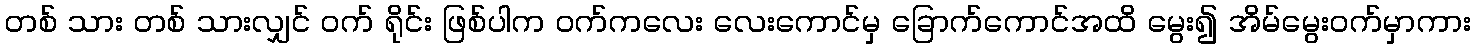
တစ် သား တစ် သားလျှင် ဝက် ရိုင်း ဖြစ်ပါက ဝက်ကလေး လေးကောင်မှ ခြောက်ကောင်အထိ မွေး၍ အိမ်မွေးဝက်မှာကား